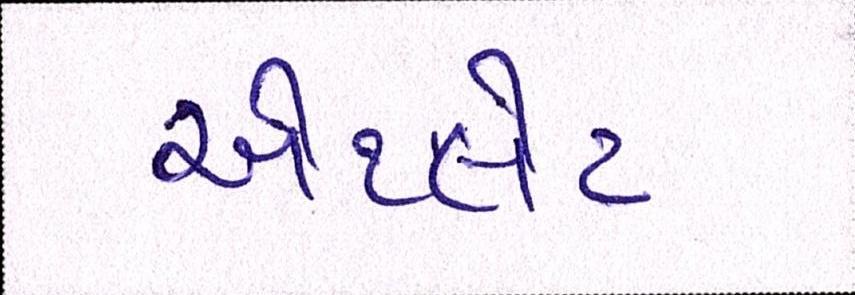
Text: એથ્લેટ